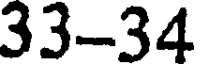
33-34